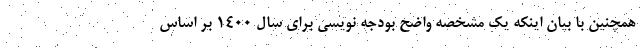
همچنین با بیان اینکه یک مشخصه واضح بودجه نویسی برای سال 1400 بر اساس